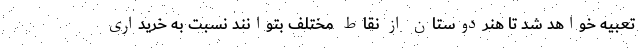
تعبیه خواهد شد تا هنردوستان از نقاط مختلف بتوانند نسبت به خریداری